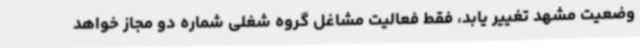
وضعیت مشهد تغییر یابد، فقط فعالیت مشاغل گروه شغلی شماره دو مجاز خواهد